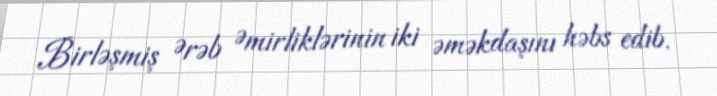
Birləşmiş Ərəb Əmirliklərinin iki əməkdaşını həbs edib.